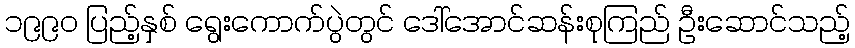
၁၉၉၀ ပြည့်နှစ် ရွေးကောက်ပွဲတွင် ဒေါ်အောင်ဆန်းစုကြည် ဦးဆောင်သည့်